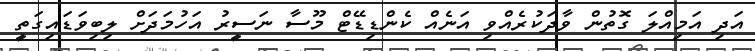
އަދި އަމިއްލަ ގޮތުން ވާދަކުރެއްވި އަނެއް ކެންޑިޑޭޓް މޫސާ ނަސީރު އަހުމަދަށް ލިބިވަޑައިގަތީ